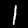
Digit: 1